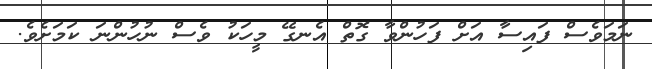
ނަމަވެސް ފައިސާ އަށް ފަހުންވާ ގޮތް އެނގޭ މީހަކު ވެސް ނުހުންނަ ކަމަށެވެ.